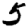
Digit: 5